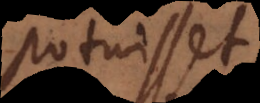
potuisset,